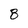
Character: 8